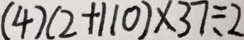
( 4 ) ( 2 + 1 1 0 ) \times 3 7 \div 2